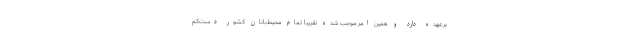
برعهده دارد و همین امر موجب شده تقریباً تمام محیط‌بانان کشور دست‌کم